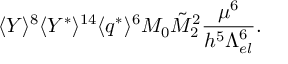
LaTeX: \langle Y \rangle ^ { 8 } \langle Y ^ { * } \rangle ^ { 1 4 } \langle q ^ { * } \rangle ^ { 6 } M _ { 0 } \tilde { M } _ { 2 } ^ { 2 } \frac { \mu ^ { 6 } } { h ^ { 5 } \Lambda _ { e l } ^ { 6 } } .